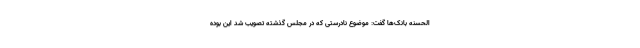
‌الحسنه بانک‌ها گفت: موضوع نادرستی که در مجلس گذشته تصویب شد این بوده